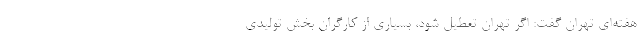
هفته‌ای تهران گفت: اگر تهران تعطیل شود، بسیاری از کارگران بخش تولیدی